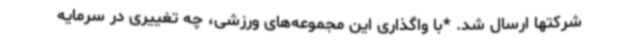
شرکتها ارسال شد. *با واگذاری این مجموعه‌های ورزشی، چه تغییری در سرمایه